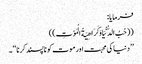
فرمایا:
((حُبُ الدُّنْیَا وَکَرَاھِیَةُ الْمَوْتِ ))
’’ دنیا کی محبت اور موت کو ناپسند کرنا ‘‘ ۔